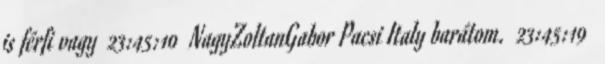
is férfi vagy 23:45:10 NagyZoltanGabor Pacsi Italy barátom. 23:45:19